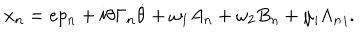
LaTeX: \dot { x } _ { n } = e p _ { n } + i \theta \Gamma _ { n } \dot { \theta } + \omega _ { 1 } A _ { n } + \omega _ { 2 } B _ { n } + \mu _ { i } { \Lambda _ { n } } _ { i } .